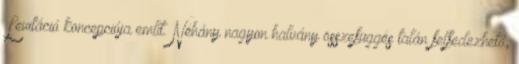
Levitáció koncepciója említ. Néhány nagyon halvány összefüggés talán felfedezhető,